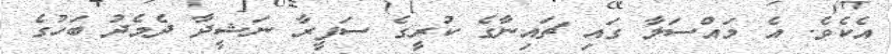
އެކެވެ. އެ މައްސަލާ ގައި ޗައިނާގެ ކުރީގެ ސަފީރާ ނަޝީދާ ދެމެދު ބަހުގެ